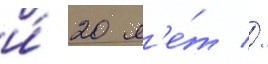
и́ 20 л'е́т //